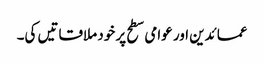
عمائدین اور عوامی سطح پر خود ملاقاتیں کی۔